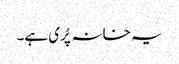
یہ خانہ پُری ہے۔